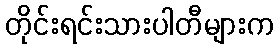
တိုင်းရင်းသားပါတီများက